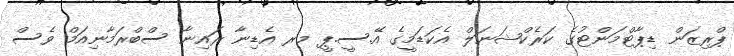
ޕްރިޒަން ޑިޕާޓްމަންޓުގެ ކަރެކްޝަނަލް އެކަޑަމީގެ އޭ.ސީ.ޕީ މރ އެޑިނާ ރައިނާ ސްބްރަމާނިއަމް ވެސް